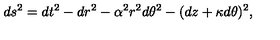
d s ^ { 2 } = d t ^ { 2 } - d r ^ { 2 } - \alpha ^ { 2 } r ^ { 2 } d \theta ^ { 2 } - ( d z + \kappa d \theta ) ^ { 2 } ,